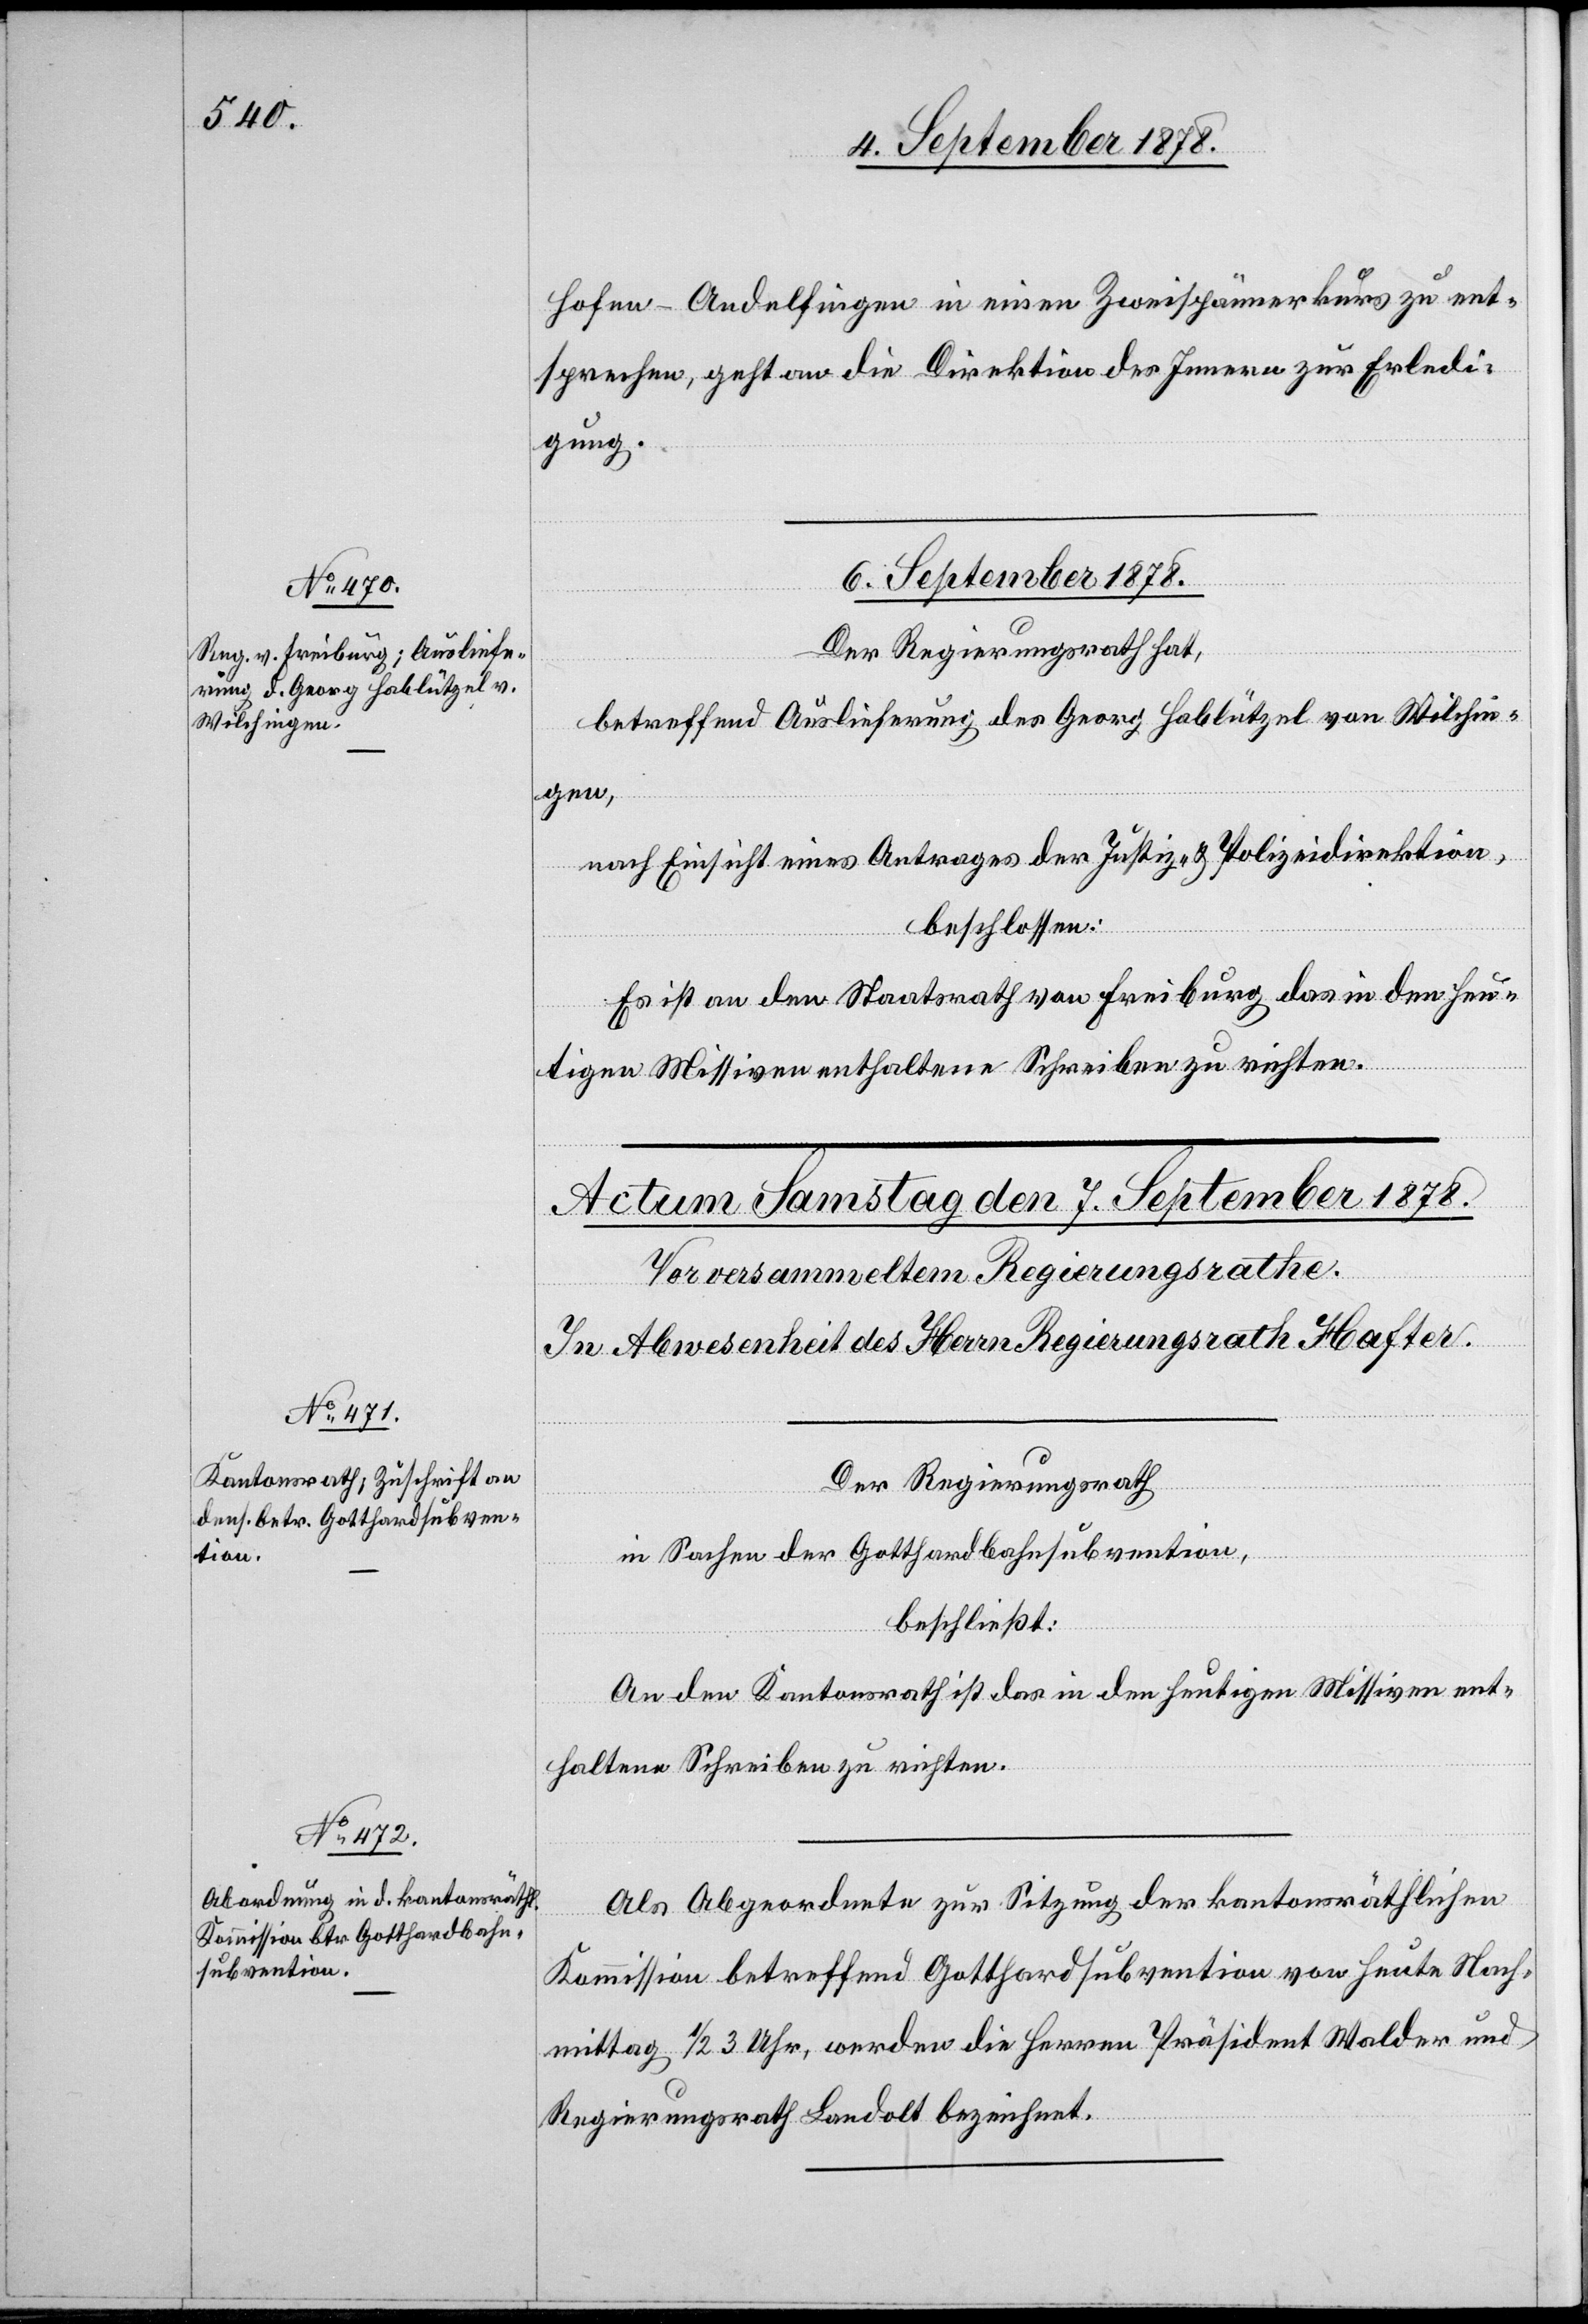
hofen–Andelfingen in einen Zweispännerkurs zu ent¬
sprechen, geht an die Direktion des Innern zur Erledi¬
gung.
6. September 1878.
Der Regierungsrath hat.
betreffend Auslieferung des Georg Hablützel von Wilchin¬
gen,
nach Einsicht eines Antrages der Justiz- & Polizeidirektion,
beschlossen:
Es ist an den Staatsrath von Freiburg das in den heu¬
tigen Missiven enthaltene Schreiben zu richten.
Der Regierungsrath
in Sachen der Gotthardsubvention,
beschließt:
An den Kantonsrath ist das in den heutigen Missiven ent¬
haltene Schreiben zu richten.
Als Abgeordnete zur Sitzung der kantonsräthlichen
Kommission betreffend Gotthardsubvention von heute Nach¬
mittag 1/2 3 Uhr, werden die Herren Präsident Walder und
Regierungsrath Landolt bezeichnet.